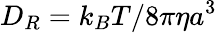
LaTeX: D_{R}=k_{B}T/8\pi\eta a^{3}